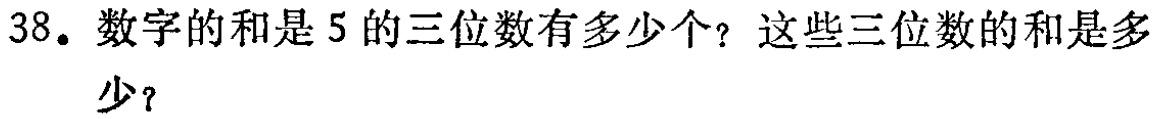
38. 数字的和是 5 的三位数有多少个？这些三位数的和是多少？